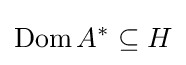
\operatorname {Dom} A^{*}\subseteq H